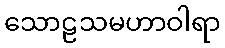
သောဠသမဟာဝါရာ